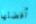
أفضلها